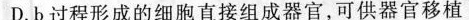
D.b过程形成的细胞直接组成器官，可供器官移植